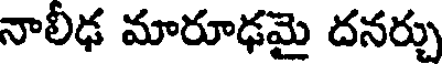
నాలీఢ మారూఢమై దనర్చు